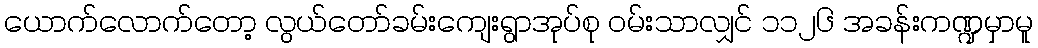
ယောက်လောက်တော့ လွယ်တော်ခမ်းကျေးရွာအုပ်စု ဝမ်းသာလျှင် ၁၁၂၆ အခန်းကဏ္ဍမှာမူ